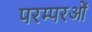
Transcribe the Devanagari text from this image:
परम्परओं